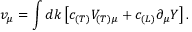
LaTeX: v _ { \mu } = \int d k \left[ c _ { ( T ) } V _ { ( T ) \mu } + c _ { ( L ) } \partial _ { \mu } Y \right] .